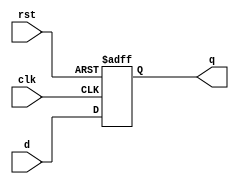
`timescale 1ns / 1ps
//////////////////////////////////////////////////////////////////////////////////
// Company: 
// Engineer: 
// 
// Design Name: 
// Module Name: flopr
// Project Name: 
// Target Devices: 
// Tool Versions: 
// Description: 
// 
// Dependencies: 
// 
// Revision:
// Revision 0.01 - File Created
// Additional Comments:
// 
//////////////////////////////////////////////////////////////////////////////////


module flopr #(parameter WIDTH = 8)
              (clk, rst, d, q);
               
   input              clk;
   input              rst;
   input  [WIDTH-1:0] d;
   output [WIDTH-1:0] q;
   
   reg [WIDTH-1:0] q_r;
               
   always @(posedge clk or posedge rst) begin
      if ( rst ) 
         q_r <= 0;
      else 
         q_r <= d;
   end // end always
   
   assign q = q_r;
      
endmodule